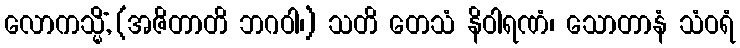
လောကသ္မိံ, (အဇိတာတိ ဘဂဝါ၊) သတိ တေသံ နိဝါရဏံ၊ သောတာနံ သံဝရံ